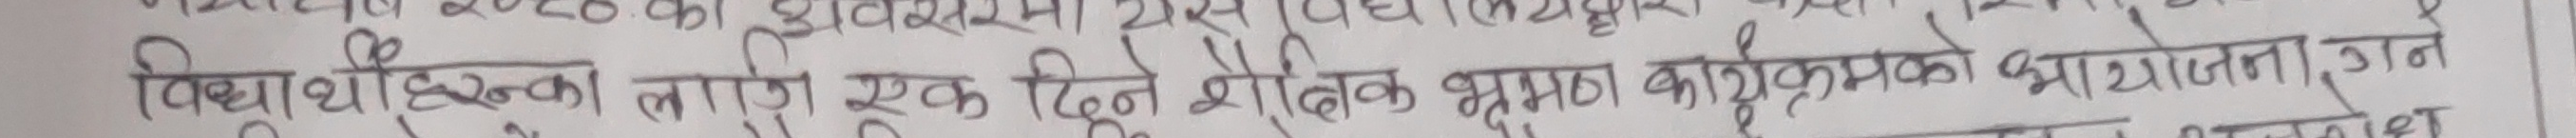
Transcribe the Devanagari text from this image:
विद्यार्थीहरुका लागि एक दिने शैक्षिक भ्रमण कार्यक्रमको आयोजना गरी